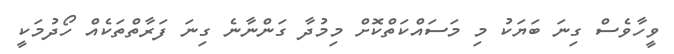
ވީހާވެސް ގިނަ ބަޔަކު މި މަސައްކަތްކޮށް މިމުދާ ގަންނާނެ ގިނަ ފަރާތްތަކެއް ހޯދުމަކީ